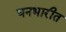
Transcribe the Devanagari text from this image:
घनभारीत